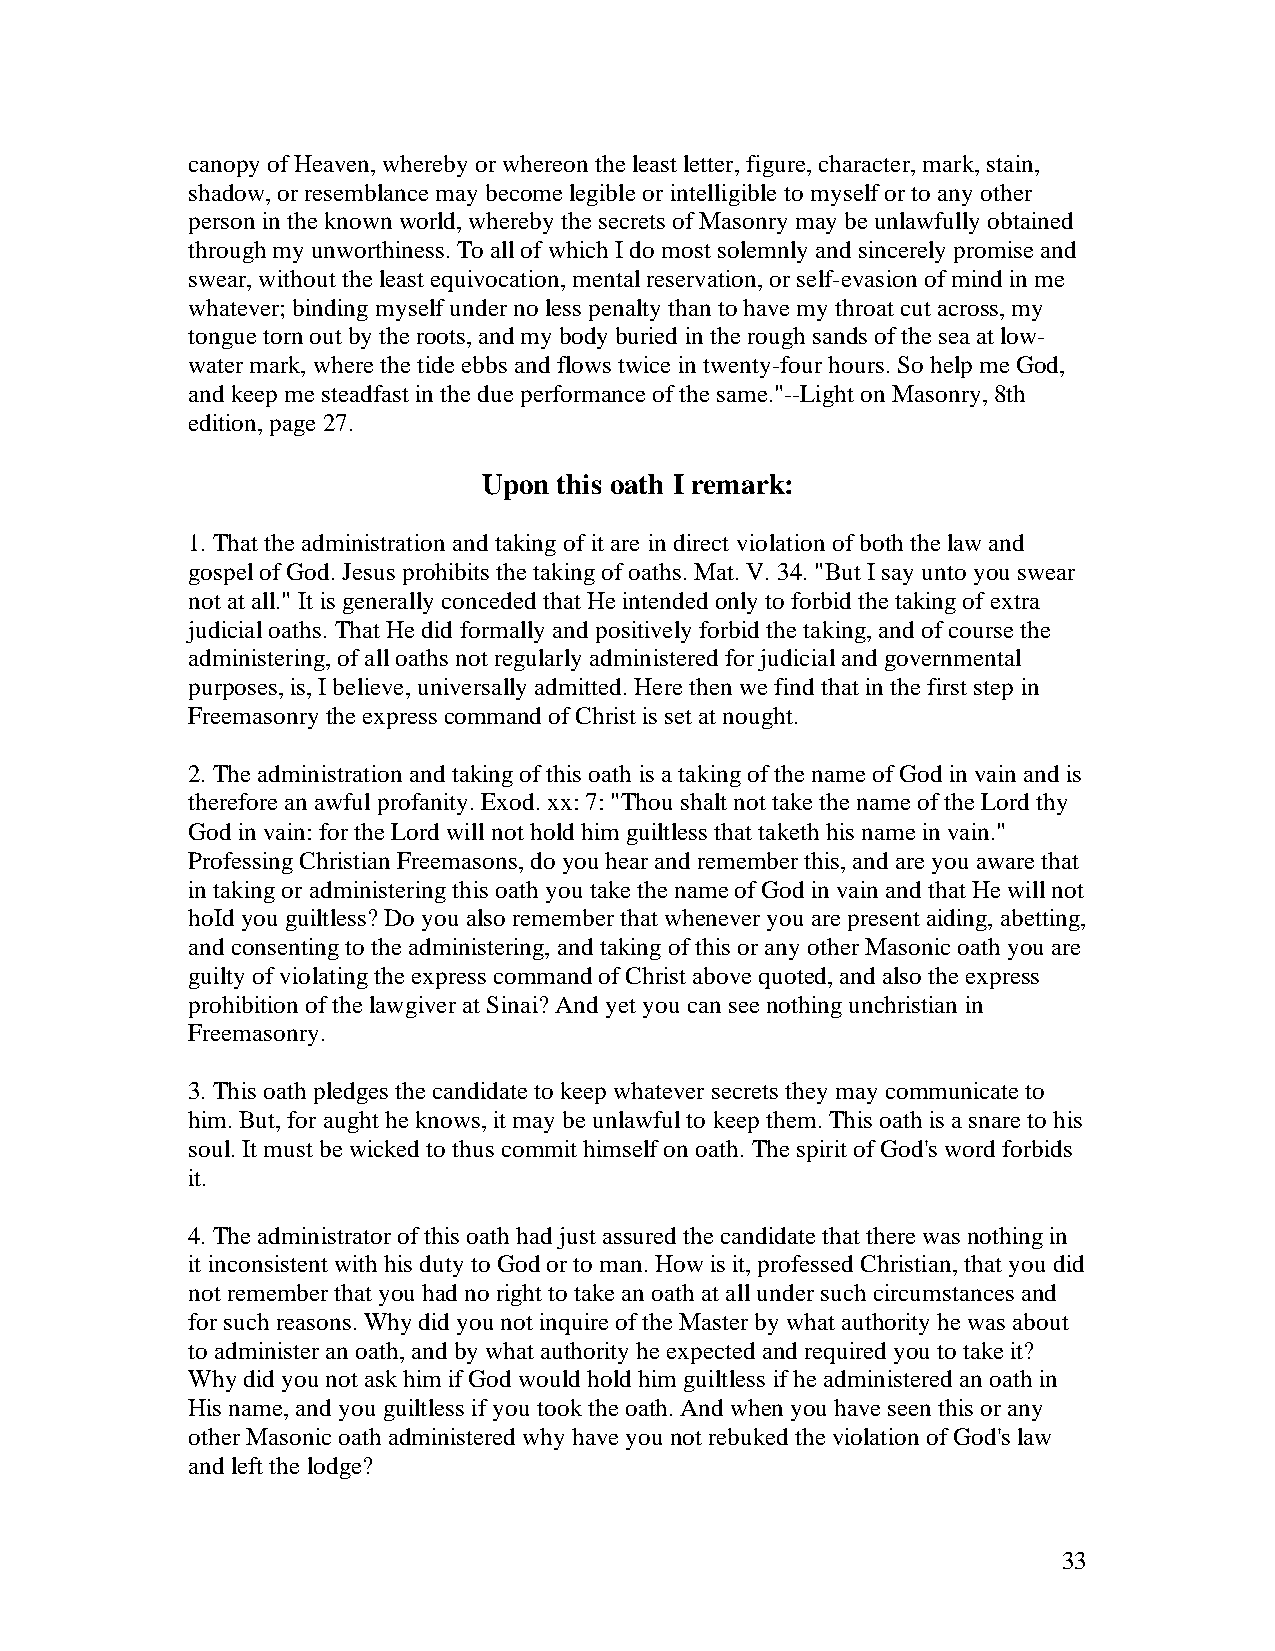
canopy of Heaven, whereby or whereon the least letter, figure, character, mark, stain,
 shadow, or resemblance may become legible or intelligible to myself or to any other
 person in the known world, whereby the secrets of Masonry may be unlawfully obtained
 through my unworthiness. To all of which I do most solemnly and sincerely promise and
 swear, without the least equivocation, mental reservation, or self-evasion of mind in me
 whatever; binding myself under no less penalty than to have my throat cut across, my
 tongue torn out by the roots, and my body buried in the rough sands of the sea at low-
 water mark, where the tide ebbs and flows twice in twenty-four hours. So help me God,
 and keep me steadfast in the due performance of the same."--Light on Masonry, 8th
 edition, page 27.
 Upon this oath I remark:
 1. That the administration and taking of it are in direct violation of both the law and
 gospel of God. Jesus prohibits the taking of oaths. Mat. V. 34. "But I say unto you swear
 not at all." It is generally conceded that He intended only to forbid the taking of extra
 judicial oaths. That He did formally and positively forbid the taking, and of course the
 administering, of all oaths not regularly administered for judicial and governmental
 purposes, is, I believe, universally admitted. Here then we find that in the first step in
 Freemasonry the express command of Christ is set at nought.
 2. The administration and taking of this oath is a taking of the name of God in vain and is
 therefore an awful profanity. Exod. xx: 7: "Thou shalt not take the name of the Lord thy
 God in vain: for the Lord will not hold him guiltless that taketh his name in vain."
 Professing Christian Freemasons, do you hear and remember this, and are you aware that
 in taking or administering this oath you take the name of God in vain and that He will not
 hoId you guiltless? Do you also remember that whenever you are present aiding, abetting,
 and consenting to the administering, and taking of this or any other Masonic oath you are
 guilty of violating the express command of Christ above quoted, and also the express
 prohibition of the lawgiver at Sinai? And yet you can see nothing unchristian in
 Freemasonry.
 3. This oath pledges the candidate to keep whatever secrets they may communicate to
 him. But, for aught he knows, it may be unlawful to keep them. This oath is a snare to his
 soul. It must be wicked to thus commit himself on oath. The spirit of God's word forbids
 it.
 4. The administrator of this oath had just assured the candidate that there was nothing in
 it inconsistent with his duty to God or to man. How is it, professed Christian, that you did
 not remember that you had no right to take an oath at all under such circumstances and
 for such reasons. Why did you not inquire of the Master by what authority he was about
 to administer an oath, and by what authority he expected and required you to take it?
 Why did you not ask him if God would hold him guiltless if he administered an oath in
 His name, and you guiltless if you took the oath. And when you have seen this or any
 other Masonic oath administered why have you not rebuked the violation of God's law
 and left the lodge?
 33